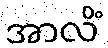
အာလိံ